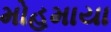
મોહમાયા